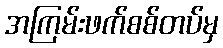
အကြမ်းဖက်စစ်တပ်မှ